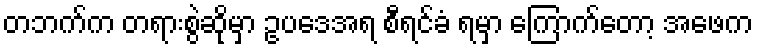
တဘက်က တရားစွဲဆိုမှာ ဥပဒေအရ စီရင်ခံ ရမှာ ကြောက်တော့ အဖေက